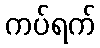
ကပ်ရက်